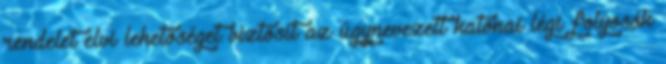
rendelet elvi lehetőséget biztosít az úgynevezett katonai légi folyosók